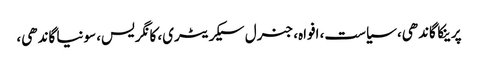
پرینکا گاندھی، سیاست، افواہ، جنرل سیکریٹری، کانگریس، سونیا گاندھی،